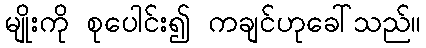
မျိုးကို စုပေါင်း၍ ကချင်ဟုခေါ်သည်။